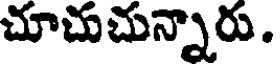
చూచుచున్నారు.